Scottish Leaving Certificate Examination, 1960
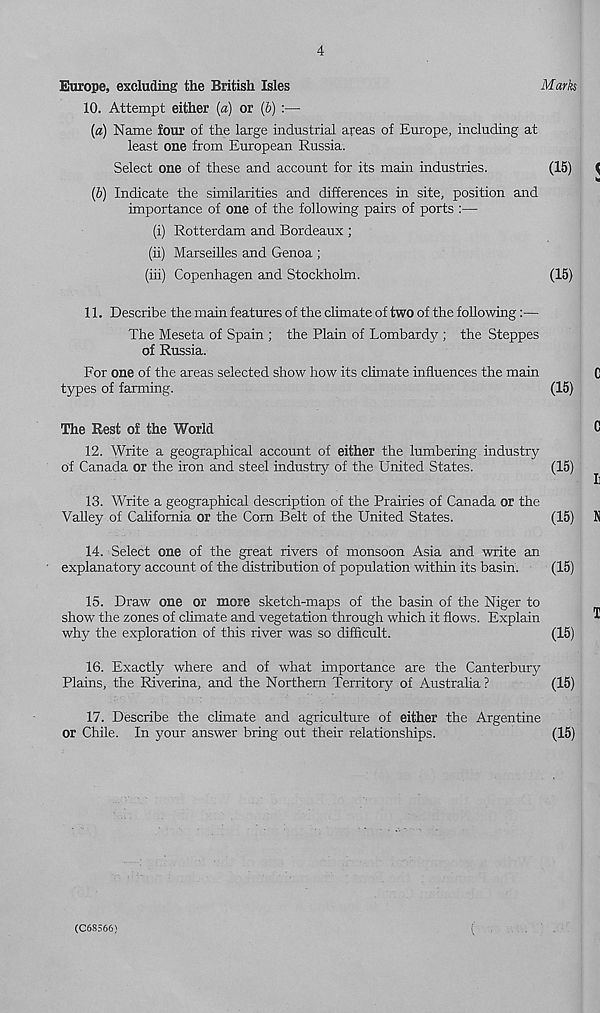
4
Europe, excluding the British Isles
Marks
10. Attempt either (a) or (&) :—
(a) Name four of the large industrial areas of Europe, including at
least one from European Russia.
Select one of these and account for its main industries.
(15)
<
(&) Indicate the similarities and differences in site, position and
importance of one of the following pairs of ports :—
(i) Rotterdam and Bordeaux ;
(ii) Marseilles and Genoa ;
(iii) Copenhagen and Stockholm.
(15)
11. Describe the main features of the climate of two of the following:—
The Meseta of Spain ; the Plain of Lombardy ; the Steppes
of Russia.
For one of the areas selected show how its climate influences the main
C
types of farming.
(15)
The Rest of the World
C
12. Write a geographical account of either the lumbering industry
of Canada or the iron and steel industry of the United States.
(15)
I]
13. Write a geographical description of the Prairies of Canada or the
Valley of California or the Corn Belt of the United States.
(15) N
14. Select one of the great rivers of monsoon Asia and write an
explanatory account of the distribution of population within its basin.
(15)
15. Draw one or more sketch-maps of the basin of the Niger to
show r the zones of chmate and vegetation through which it flows. Explain
^
why the exploration of this river was so difficult.
(15)
16. Exactly where and of what importance are the Canterbury
Plains, the Riverina, and the Northern Territory of Australia ?
(15)
17. Describe the climate and agriculture of either the Argentine
or Chile. In your answer bring out their relationships.
(15)
(C68566)